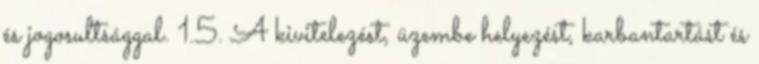
és jogosultsággal. 1.5. A kivitelezést, üzembe helyezést, karbantartást és